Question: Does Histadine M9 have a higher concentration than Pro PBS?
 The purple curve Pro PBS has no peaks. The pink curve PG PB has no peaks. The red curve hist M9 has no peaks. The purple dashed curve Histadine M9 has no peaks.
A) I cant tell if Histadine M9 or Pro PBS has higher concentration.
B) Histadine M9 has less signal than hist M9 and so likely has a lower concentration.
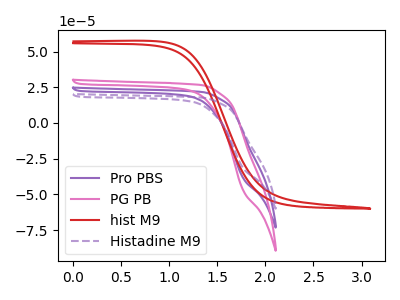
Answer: <think>Neither "Histadine M9" or "Pro PBS" have any peaks.
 </think>
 <answer>A) I cant tell if "Histadine M9" or "Pro PBS" has higher concentration.</answer>
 <eval>A</eval>